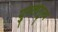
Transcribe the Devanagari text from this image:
युगलांगुल्य